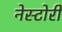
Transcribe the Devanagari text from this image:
नेस्टोरी